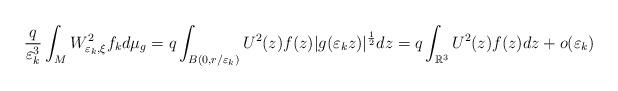
LaTeX: \begin{align*}\frac{q}{\varepsilon_{k}^{3}}\int_{M}W_{\varepsilon_{k},\xi}^{2}f_{k}d\mu_{g}=q\int_{B(0,r/\varepsilon_{k})}U^{2}(z)f(z)|g(\varepsilon_{k}z)|^{\frac{1}{2}}dz=q\int_{\mathbb{R}^{3}}U^{2}(z)f(z)dz+o(\varepsilon_{k})\end{align*}